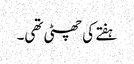
ہفتے کی چھٹی تھی۔